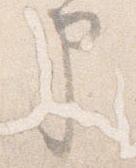
申